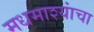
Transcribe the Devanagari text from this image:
मधमाश्यांंचा